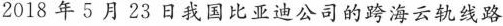
2018年5月23日我国比亚迪公司的跨海云轨线路